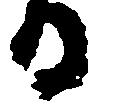
る